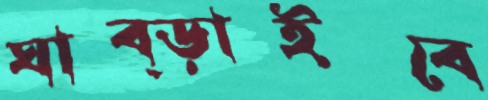
ঘাব্‌ড়াইবে